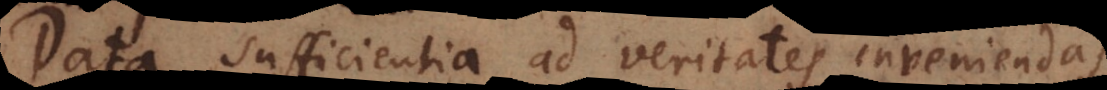
data sufficientia ad inveniendam